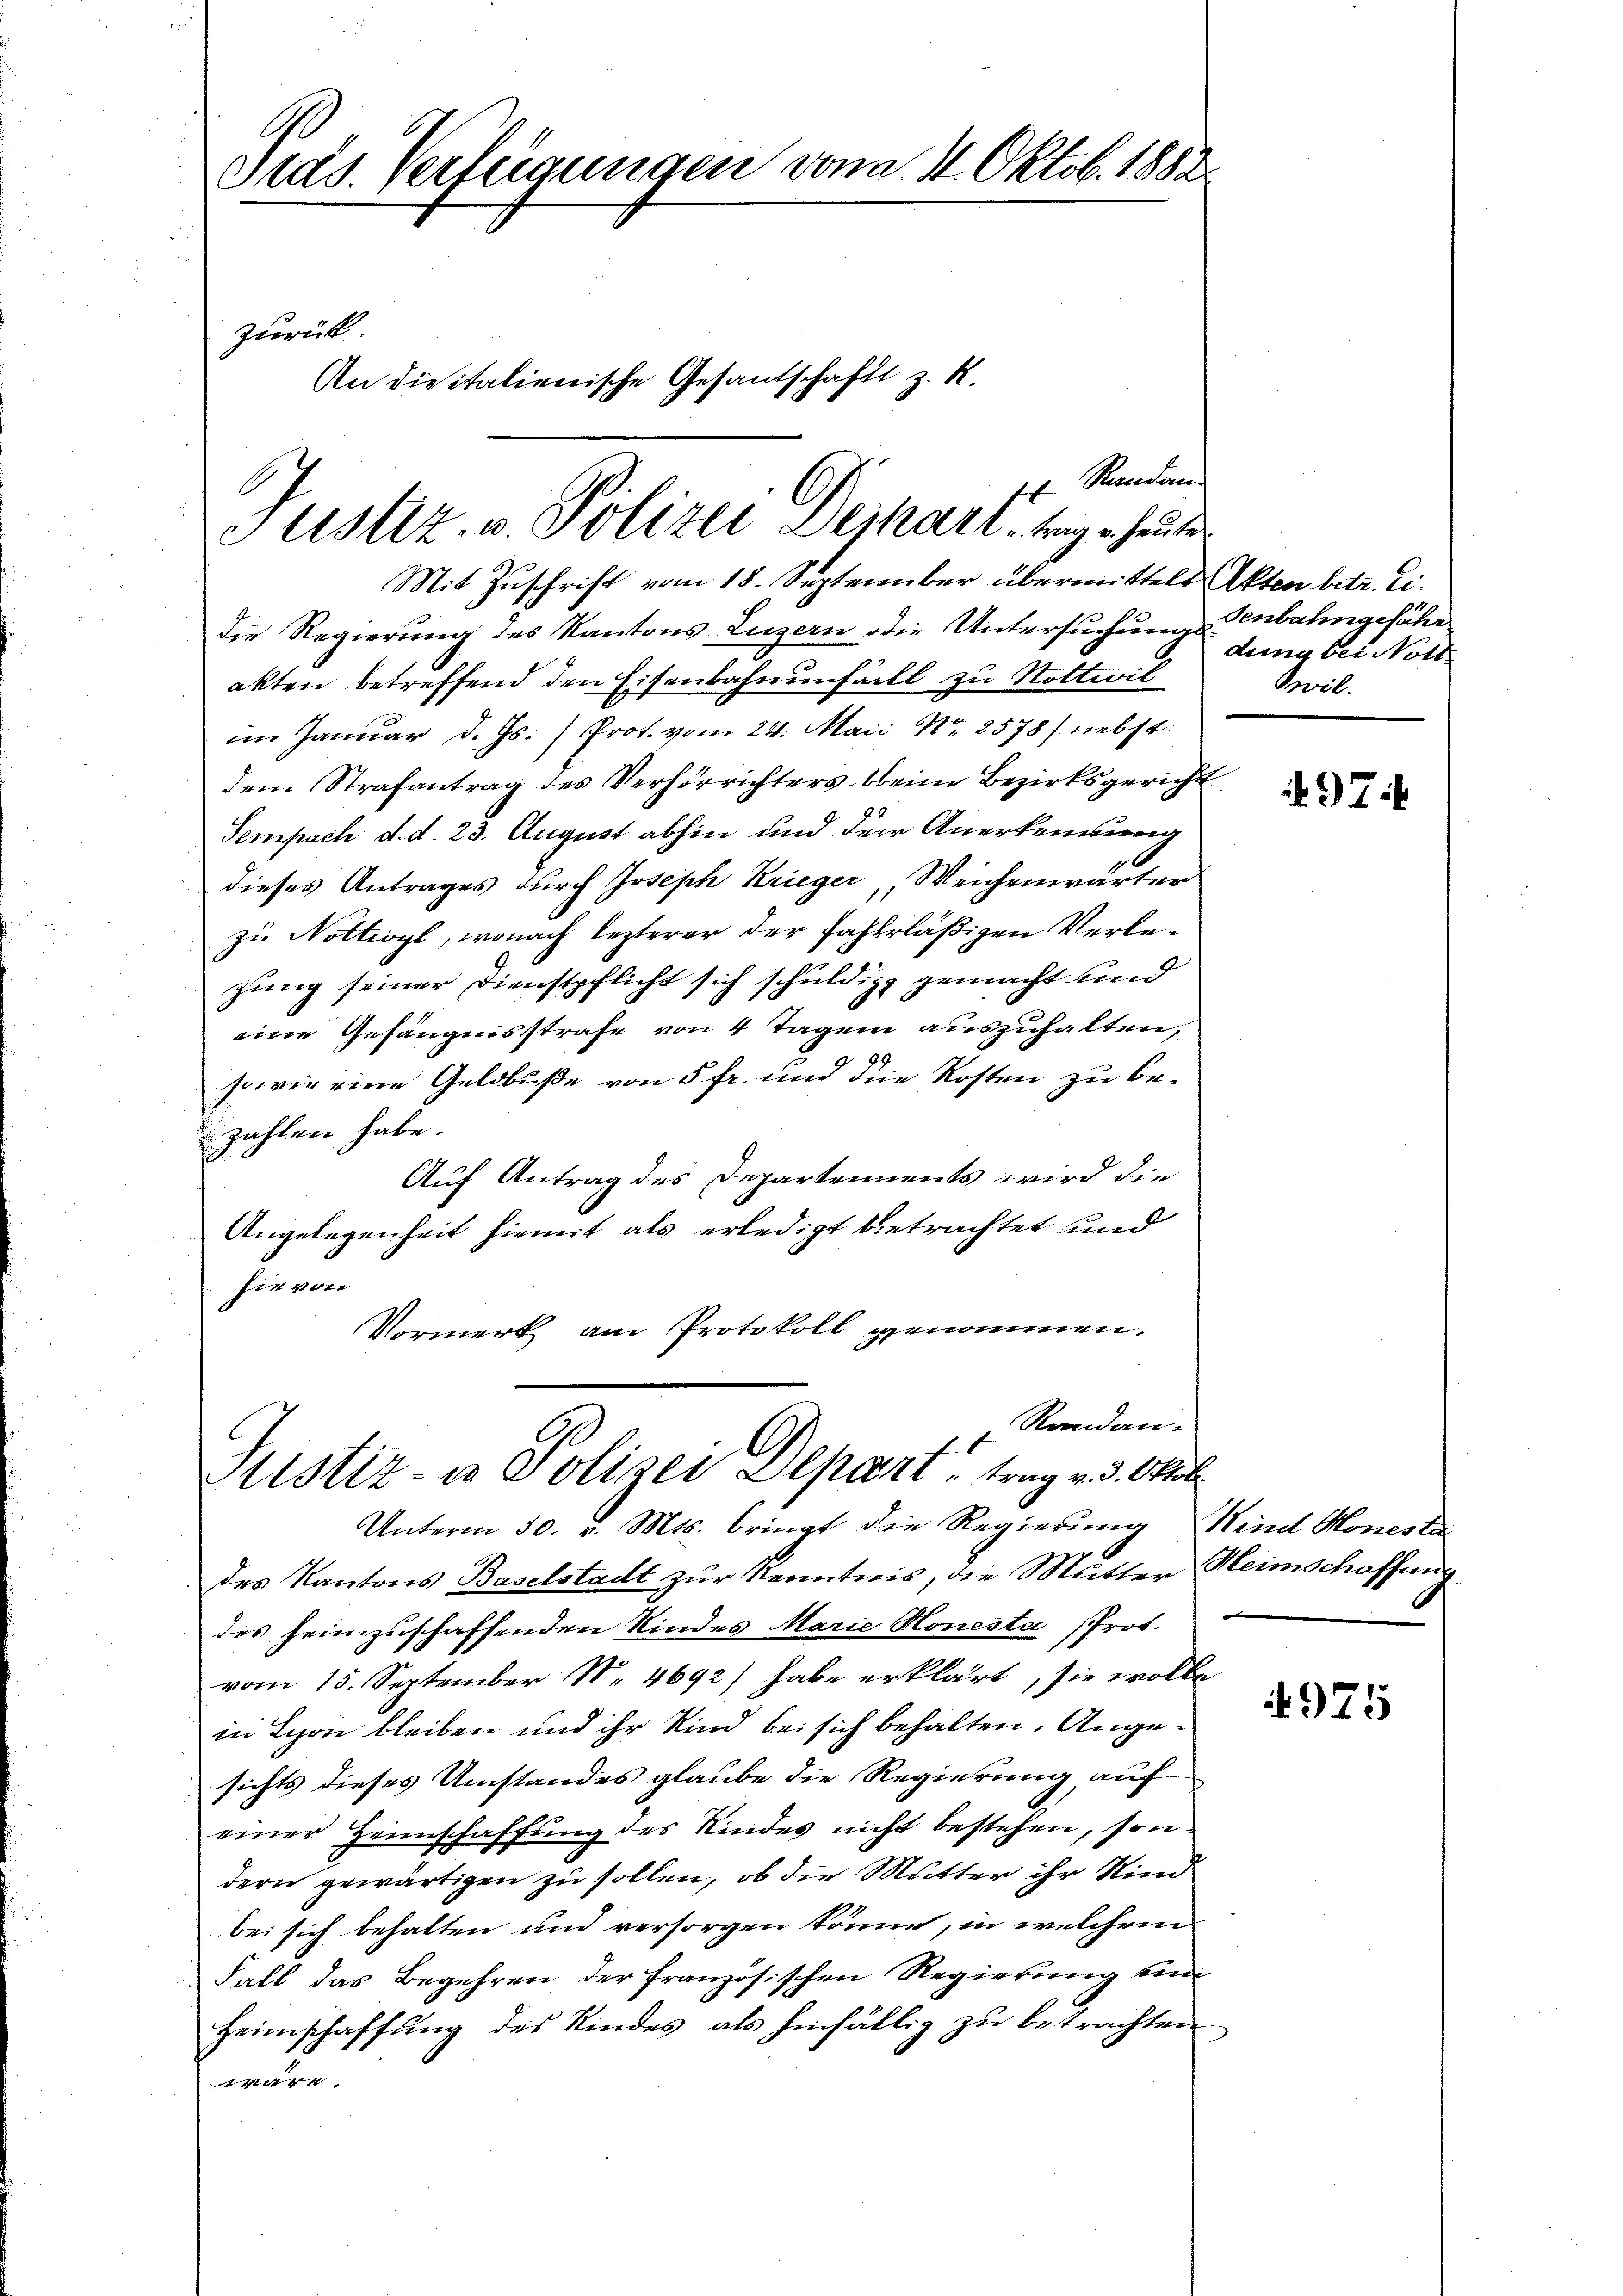
G
Stas. Verfügungen von 14. Oktob. 1888.

An die italienische Gesandschaft z. R.

zurück

Mit Zuschrift vom 18. September übermittels Akten betr. Eidie Regierung des Kantons Luzern die Untersŭchŭngsenbahngefähr
akten betreffend den Eisenbahnenfäll zu Nottwil
im Januar d. Js.) Prot. vom 24. Maii Nr. 2578) nebst
dem Strafantrag des Verhörrichters beim Bezirksgericht
Sempach d. d. 23. August abhin und der Anerkennung
dieses Antrages durch Joseph Krieger Weichenwärter
zu Nottivyl, wonach lezterer der Fahrläßigen Verlezung seiner Dienstpflicht sich schuldig gemacht und
eine Gefängnisstrafe von 4 Tagen auszuhalten,
sowie eine Geldbuße von 5 fr. und die Kosten zu bezahlen habe.
Auf Antrag des Departements wird die
Angelegenheit hiemit als erledigt betrachtet und
sie von
Vormerk am Protokoll genommen.
Randan-
Fristiz- in Polizei Depart, trag v. 3. Oktob
Unterm 30. v. Mts. bringt die Regierung Mind Moneste
des Kantons Baselstadt zur Kenntnis, die Mutter Heimschaffung
des heimzuschaffenden Kindes Marie Honeste Prot.
vom 15. September Nr. 4692) habe erklärt, sie wolle
in Lyon bleiben und ihr Kind bei sich behalten. Angesichts dieses Umstandes glaube die Regierung auf
einer Heimschaffung des Kindes nicht bestehen, son
dern gewärtigen zu sollen, ob die Mutter ihr Kind
bei sich behalten und versorgen könne, in welchem
Fall das Begehren der französischen Regierung ein
Heimschaffung des Kindes, als hinfällig zu betrachten
wäre.

Randan
Justiz. v. Polizei Dejhart trag heute

dung bei Nott
Swil.

497.

975